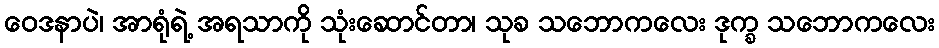
ဝေဒနာပဲ၊ အာရုံရဲ့ အရသာကို သုံးဆောင်တာ၊ သုခ သဘောကလေး ဒုက္ခ သဘောကလေး